Indian journal of veterinary science and animal husbandry - Volumes 24-25, 1954-1955
Year: 1954
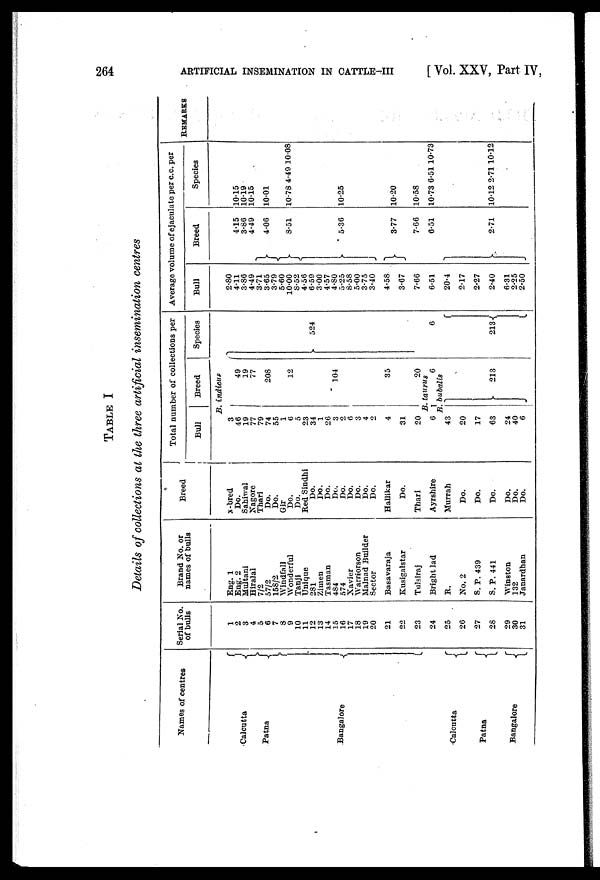
264
ARTIFICIAL INSEMINATION IN CATTLE-III
[ Vol. XXV, Part IV,
TABLE I
Details of collections at the three artificial insemination centres
Names of centres
Calcutta
Patna
Bangalore
Calcutta
Patna
Bangalore
Serial No.
of bulls
1
2
3
4
5
6
7
8
9
10
11
12
13
14
15
16
17
18
19
20
21
22
23
24
25
26
27
28
29
30
31
Brand No. or
names of bulls
Eng. 1
Eng. 2
Multani
Hiralal
7/2
57/2
158/2
Windfall
Wonderful
Tanji
Unique
281
Zimen
Tasman
484
574
Xavier
Warriorson
Malnad Builder
Sector
Basavaraja
Kusigalstar
Tulsiraj
Bright lad
B.
No. 2
S. P. 439
S. P. 441
Winston
132
Janardhan
Breed
x-bred
Do.
Sahiwal
Nagore
Thari
Do.
Do.
Gir
Do.
Do.
Red Sindhi
Do.
Do.
Do.
Do.
Do.
Do.
Do.
Do.
Do.
Hallikar
Do.
Thari
Ayrshire
Murrah
Do.
Do.
Do.
Do.
Do.
Do.
Total number of collections per
Bull
Breed
B.
indicus
3
46
19
77
79
74
55
1
6
5
23
34
1
26
3
2
6
3
4
2
4
31
20
49
19
77
208
12
104
35
20
B.Baurus
6
6
B. bubalis
43
20
17
63
24
40
6
213
Species
524
6
213
Average volume of ejaculate per c.c. per
Bull
2.80
4.11
3.86
4.49
3.71
3.65
3.79
5.60
10.00
8.52
4.56
6.59
3.00
4.57
4.80
5.25
8.58
5.00
3.75
3.40
4.58
3.67
7.66
6.51
20.4
2.17
2.27
2.40
6.31
2.25
2.50
Breed
4.15
3.86
4.49
4.06
8.51
5.36
3.77
7.66
6.51
2.71
Species
10.15
10.19
10.15
10.01
10.78 4.49 10.08
10.25
10.20
10.58
10.73 6.51 10.73
10.12 2.71 10.12
REMARKS